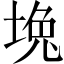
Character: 堍